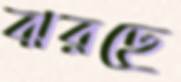
ঝরছে